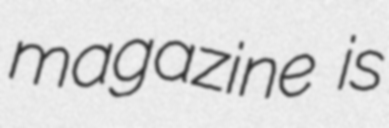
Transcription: magazine is